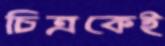
চিত্রকেই